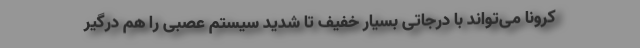
کرونا می‌تواند با درجاتی بسیار خفیف تا شدید سیستم عصبی را هم درگیر